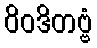
ဝိဝဒိတဗ္ဗံ